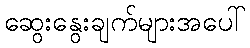
ဆွေးနွေးချက်များအပေါ်